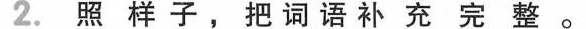
2.照样子，把词语补充完整。